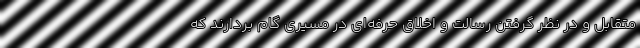
متقابل و در نظر گرفتن رسالت و اخلاق حرفه‌ای در مسیری گام بردارند که